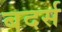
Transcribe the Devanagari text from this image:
बदर्स